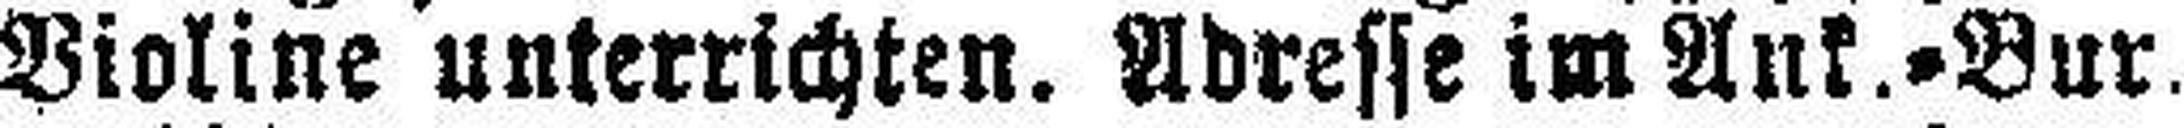
Violine unterrichten. Adresse im Ank.=Bur.